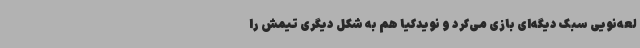
لعه‌نویی سبک دیگه‌ای بازی می‌کرد و نویدکیا هم به شکل دیگری تیمش را